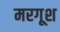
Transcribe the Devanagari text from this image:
मरगूश